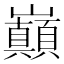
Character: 巔